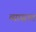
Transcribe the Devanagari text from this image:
व्यासात